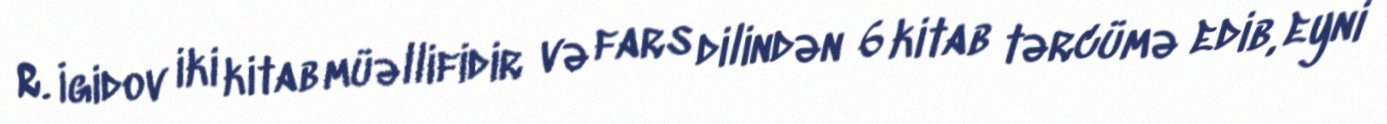
R. İgidov iki kitab müəllifidir və fars dilindən 6 kitab tərcümə edib, eyni